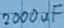
Text: 2000uF